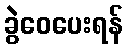
ခွဲဝေပေးရန်